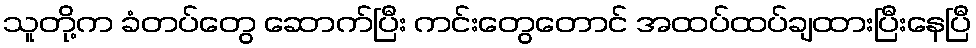
သူတို့က ခံတပ်တွေ ဆောက်ပြီး ကင်းတွေတောင် အထပ်ထပ်ချထားပြီးနေပြီ